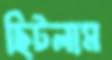
ছিটলাম